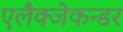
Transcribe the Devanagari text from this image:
एलैक्जेकन्डर